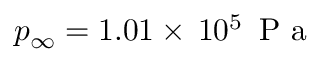
p _ { \infty } = 1 . 0 1 \times \, 1 0 ^ { 5 } \, \mathrm { ~ P ~ a ~ }